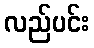
လည်ပင်း